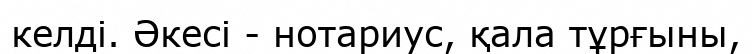
келді. Әкесі - нотариус, қала тұрғыны,